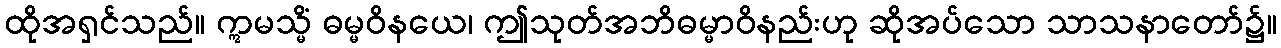
ထိုအရှင်သည်။ ဣမသ္မိံ ဓမ္မဝိနယေ၊ ဤသုတ်အဘိဓမ္မာဝိနည်းဟု ဆိုအပ်သော သာသနာတော်၌။